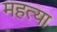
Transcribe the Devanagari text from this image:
महत्या